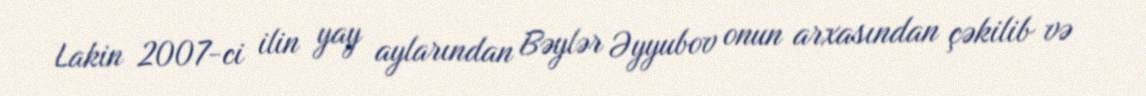
Lakin 2007-ci ilin yay aylarından Bəylər Əyyubov onun arxasından çəkilib və